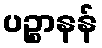
ပဉ္စာနန်